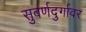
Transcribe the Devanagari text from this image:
सुवर्णदुर्गावर